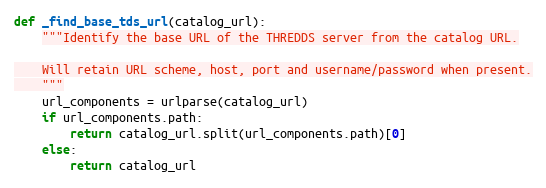
Language: Python
def _find_base_tds_url(catalog_url):
    """Identify the base URL of the THREDDS server from the catalog URL.

    Will retain URL scheme, host, port and username/password when present.
    """
    url_components = urlparse(catalog_url)
    if url_components.path:
        return catalog_url.split(url_components.path)[0]
    else:
        return catalog_url